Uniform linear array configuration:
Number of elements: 32
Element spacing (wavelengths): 0.75
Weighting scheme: cosine
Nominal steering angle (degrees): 45
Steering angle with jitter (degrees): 45.404
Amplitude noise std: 0.05
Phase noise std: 0.05

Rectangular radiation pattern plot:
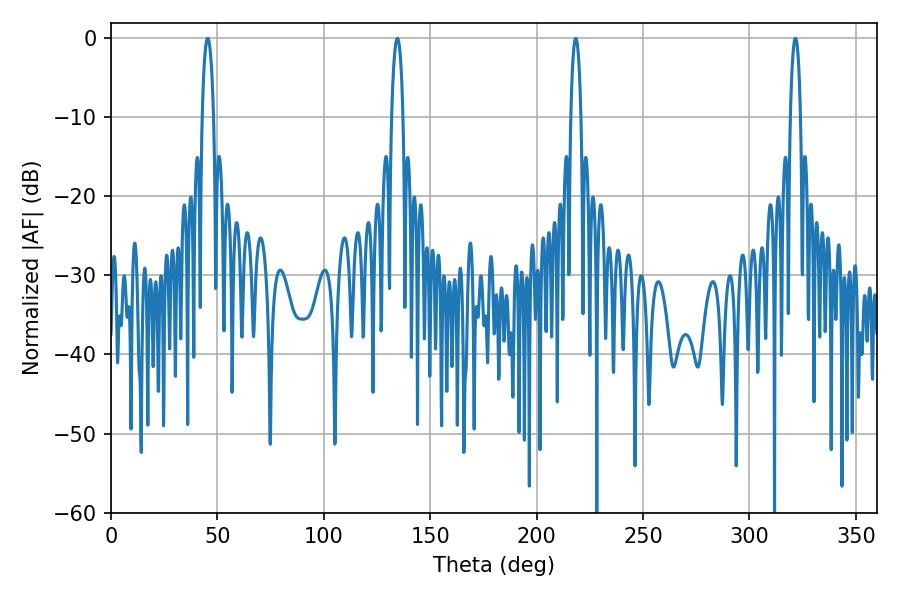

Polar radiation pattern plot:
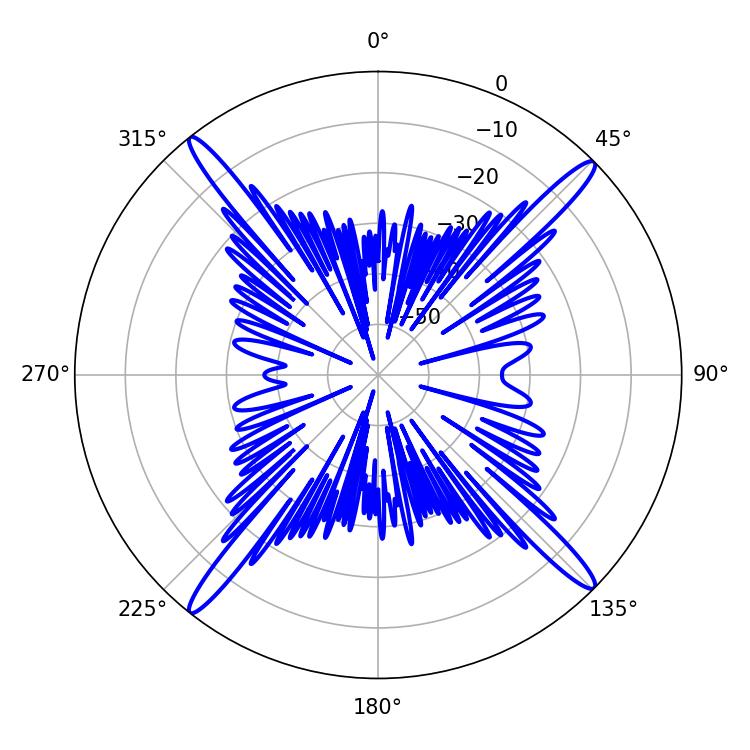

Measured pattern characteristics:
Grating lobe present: TRUE
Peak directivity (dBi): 20.25
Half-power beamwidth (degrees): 2.7
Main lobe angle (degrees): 218.34